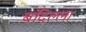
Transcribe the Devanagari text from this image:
बंदिल्ला